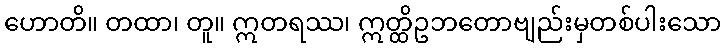
ဟောတိ။ တထာ၊ တူ။ ဣတရဿ၊ ဣတ္ထိဥဘတောဗျည်းမှတစ်ပါးသော